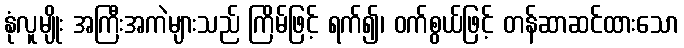
နုံလူမျိုး အကြီးအကဲများသည် ကြိမ်ဖြင့် ရက်၍၊ ဝက်စွယ်ဖြင့် တန်ဆာဆင်ထားသော